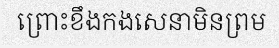
ព្រោះខឹងកងសេនាមិនព្រម